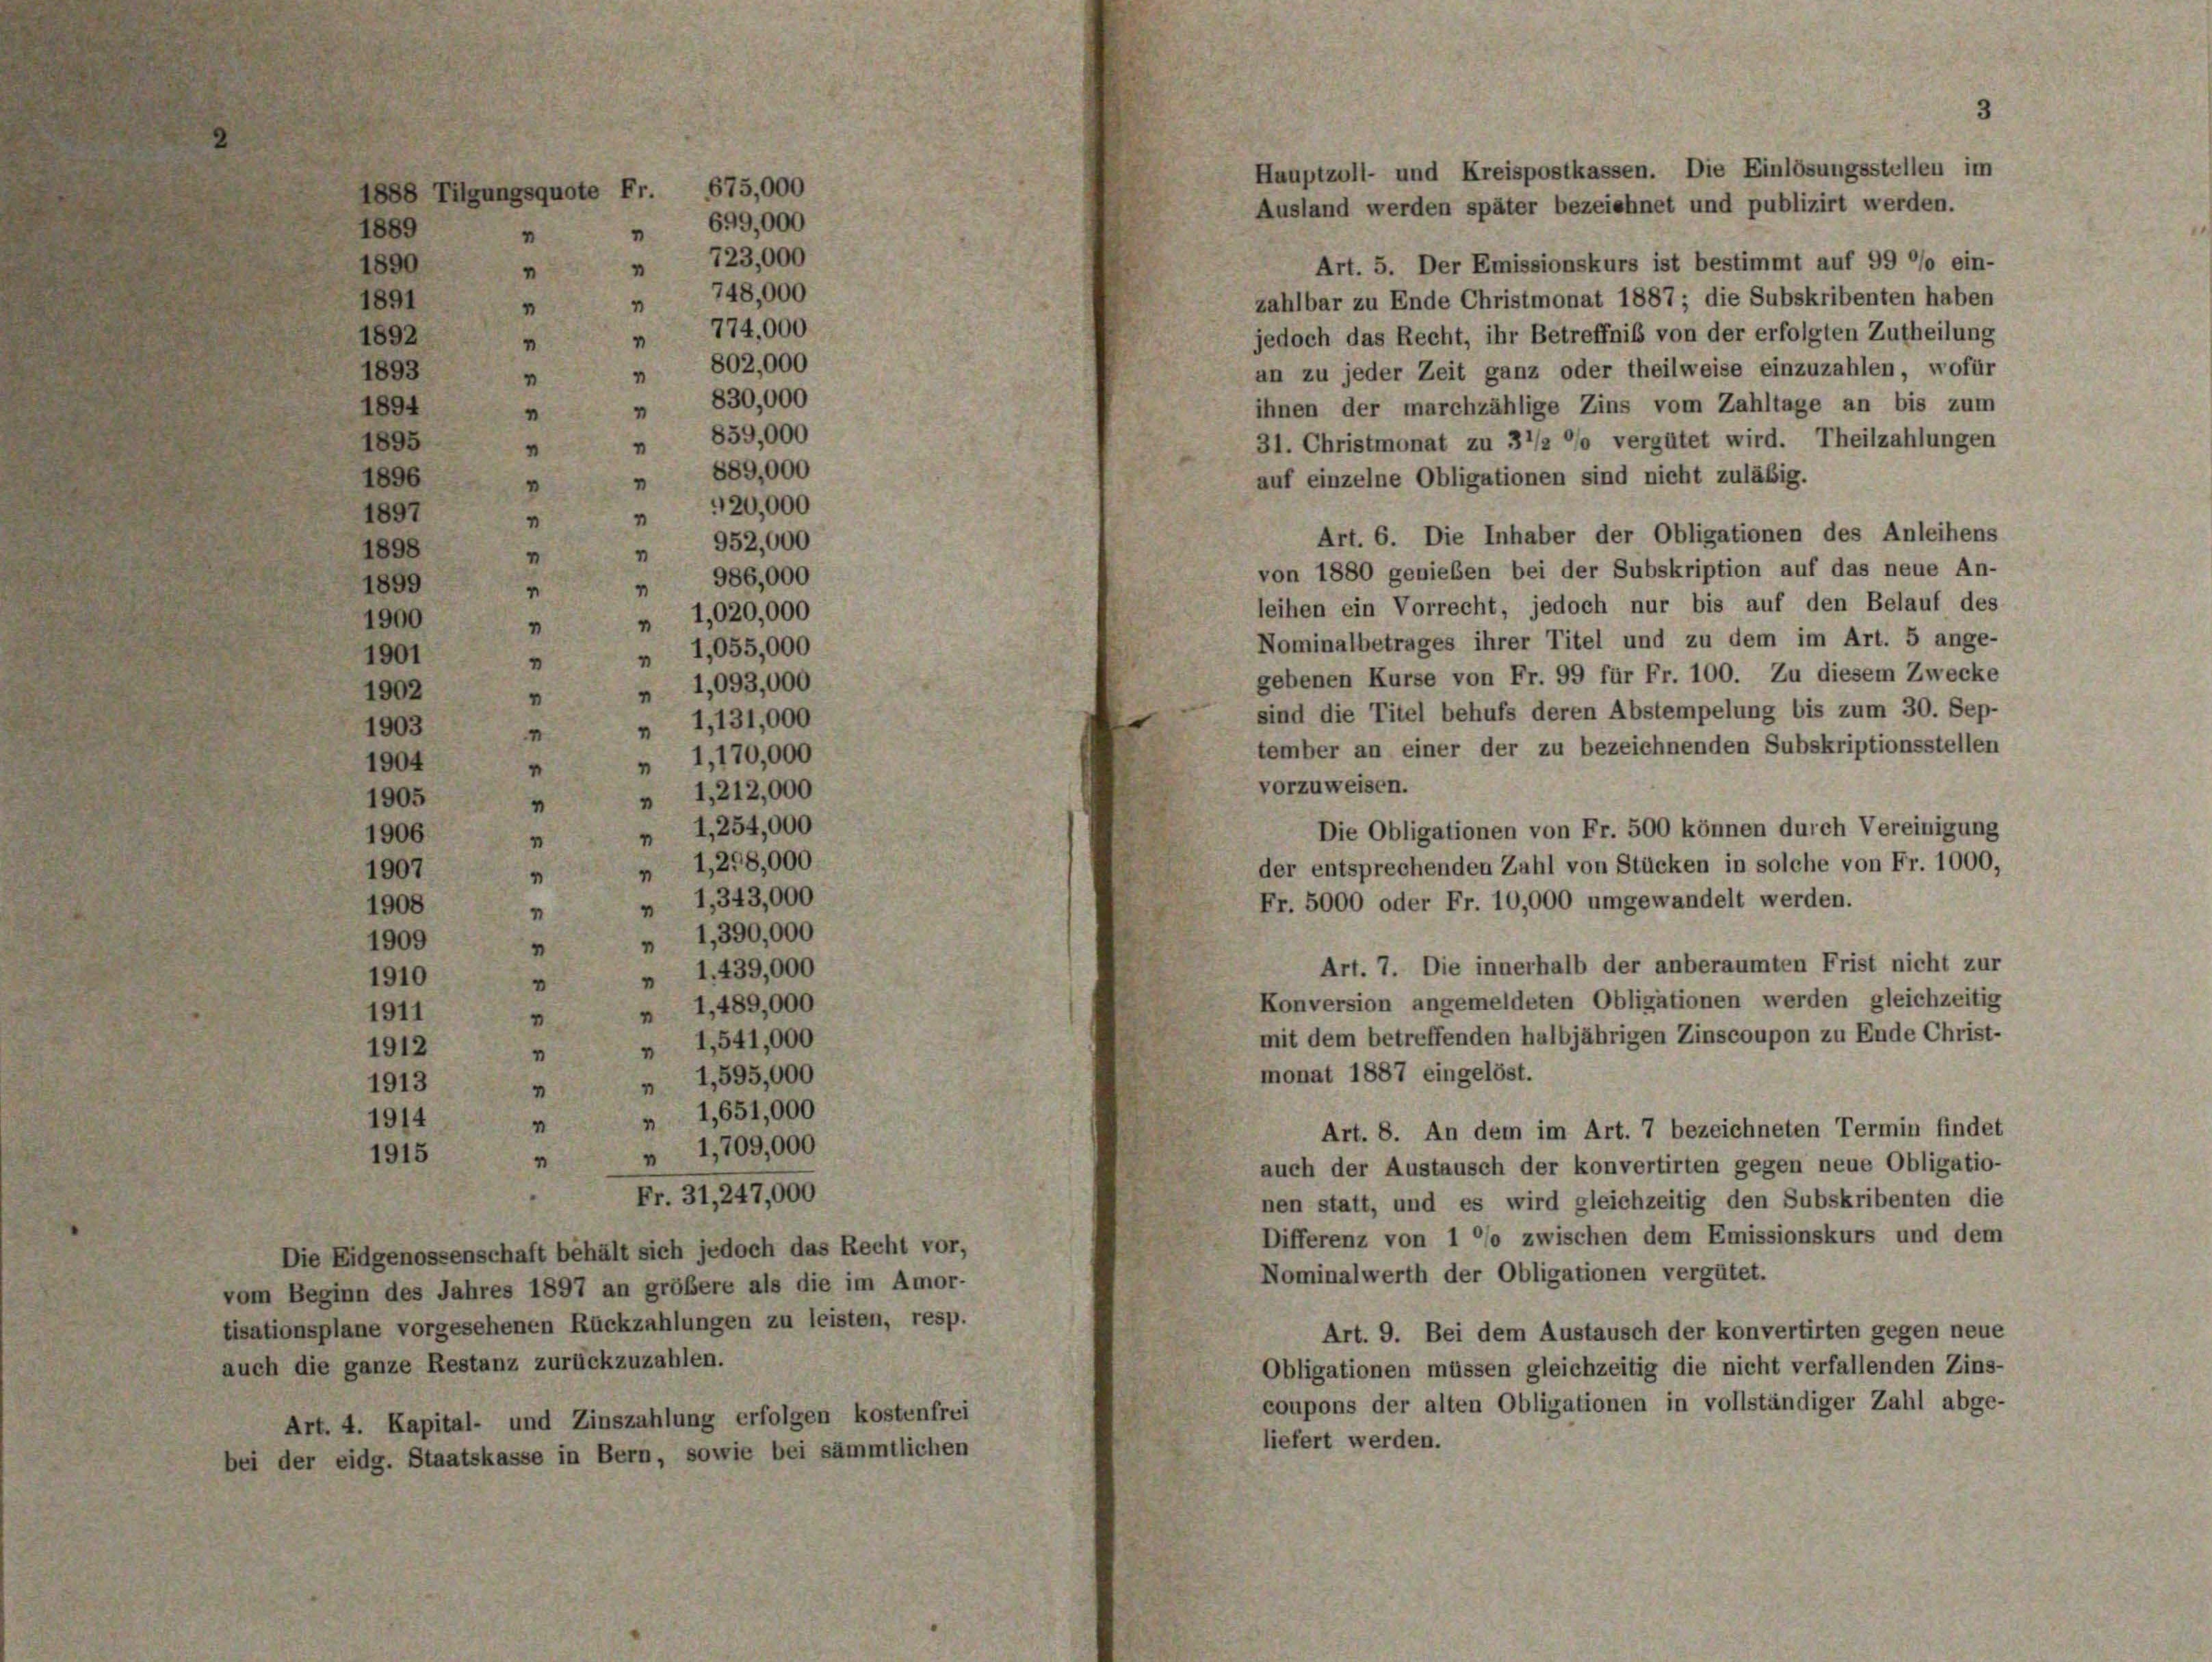
Hauptzoll- und Kreispostkassen. Die Einlösungsstellen im
Ausland werden später bezeichnet und publizirt werden.
1889
Art. 5. Der Emissionskurs ist bestimmt auf 99 °/o ein-
1890
zahlbar zu Ende Christmonat 1887; die Subskribenten haben
1891
jedoch das Recht, ihr Betreffniß von der erfolgten Zutheilung
1892
an zu jeder Zeit ganz oder theilweise einzuzahlen, wofür
1893
ihnen der marchzählige Zins vom Zahltage an bis zum
1894
1895
31. Christmonat zu 3’/2 °/o vergütet wird. Theilzahlungen
auf einzelne Obligationen sind nicht zuläßig.
1896
1897
Art. 6. Die Inhaber der Obligationen des Anleihens
4
1898
von 1880 genieben bei der Subskription auf das neue An-
1899
“
leihen ein Vorrecht, jedoch nur bis auf den Belauf des
1900
Nominalbetrages ihrer Titel und zu dem im Art. 5 ange-
1901
gebenen Kurse von Fr. 99 für Fr. 100. Zu diesem Zwecke
1902
“
sind die Titel behufs deren Abstempelung bis zum 30. Sep-
1903
I
tember an einer der zu bezeichnenden Subskriptionsstellen
1904
“
vorzuweisen.
1905
“
Die Obligationen von Fr. 500 können durch Vereinigung
1906
4
der entsprechenden Zahl von Stücken in solche von Fr. 1000,
1907
4
Fr. 5000 oder Fr. 10,000 umgewandelt werden.
1908
n
1909
4
Art. 7. Die innerhalb der anberaumten Frist nicht zur
1910
“
Konversion angemeldeten Obligationen werden gleichzeitig
1911
"
mit dem betreffenden halbjährigen Zinscoupon zu Ende Christ-
1912
"
monat 1887 eingelöst.
 1,595,000
1913
“
 1,651,000
1914
I
Art. 8. An dem im Art. 7 bezeichneten Termin findet
" " 1,709,000
1915
auch der Austausch der konvertirten gegen neue Obligatio-
Fr. 31, 247,000
nen statt, und es wird gleichzeitig den Subskribenten die
Differenz von 1 °/o zwischen dem Emissionskurs und dem
Die Eidgenossenschaft behält sich jedoch das Recht vor,
Nominalwerth der Obligationen vergütet.
om Beginn des Jahres 1897 an größere als die im Amor-
sationsplane vorgesehenen Rückzahlungen zu leisten, resp.
Art. 9. Bei dem Austausch der konvertirten gegen neue
uch die ganze Restanz zurückzuzahlen.
Obligationen müssen gleichzeitig die nicht verfallenden Zins-
coupons der alten Obligationen in vollständiger Zahl abge-
Art. 4. Kapital- und Zinszahlung erfolgen kostenfrei
liefert werden.
i der eidg. Staatskasse in Bern, sowie bei sämmtlichen

1888 Tilgungsquote Fr. 675,000
" " 699,000
 723,000
“
 748,000
"
774,000
4
“
802,000
4
“
830,000
“
"
 859,000
“
889,000
"
920,000
“
4
 952,000

4

4

986,000
4
1,020,000
“
1,055,000
“
1,093,000
4
1,131,000
4
1,170,000
“
1,212,000
"
 1,254,000
1,298,000
"
 1,343,000
 1,390,000
1,439,000
"
 1,489,000
 1,541,000